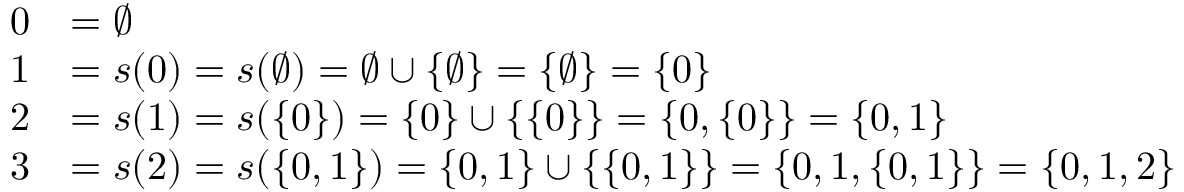
{ \begin{array} { r l } { 0 } & { = \emptyset } \\ { 1 } & { = s ( 0 ) = s ( \emptyset ) = \emptyset \cup \{ \emptyset \} = \{ \emptyset \} = \{ 0 \} } \\ { 2 } & { = s ( 1 ) = s ( \{ 0 \} ) = \{ 0 \} \cup \{ \{ 0 \} \} = \{ 0 , \{ 0 \} \} = \{ 0 , 1 \} } \\ { 3 } & { = s ( 2 ) = s ( \{ 0 , 1 \} ) = \{ 0 , 1 \} \cup \{ \{ 0 , 1 \} \} = \{ 0 , 1 , \{ 0 , 1 \} \} = \{ 0 , 1 , 2 \} } \end{array} }